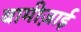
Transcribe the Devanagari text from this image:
बामीज़ाई